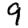
Digit: 9